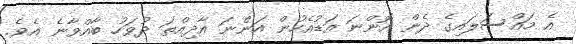
އެ މައްސަލައިގެ ދެން އޮންނަ އަޑުއެހުން އަންނަ އާދިއްތަ ދުވަހު ބާއްވާނެ އެވެ.